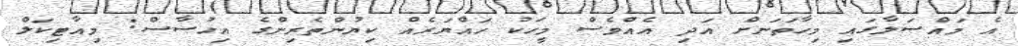
އެ މައްސަލާގައި މިހާތަނަށް އަދި އެއްވެސް މީހަކު ހައްޔަރެއް ކިޔުންތެރިންގެ އިހުސާސް: މިއާޓިކަލް